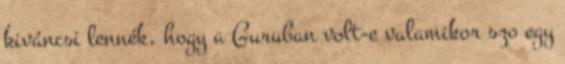
kiváncsi lennék, hogy a Guruban volt-e valamikor szo egy